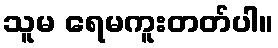
သူမ ရေမကူးတတ်ပါ။